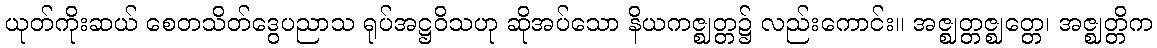
ယုတ်ကိုးဆယ် စေတသိတ်ဒွေပညာသ ရုပ်အဋ္ဌဝိသဟု ဆိုအပ်သော နိယကဇ္ဈတ္တ၌ လည်းကောင်း။ အဇ္ဈတ္တဇ္ဈတ္တေ၊ အဇ္ဈတ္တိက